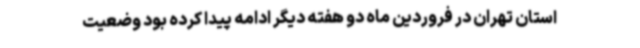
استان تهران در فروردین ماه دو هفته دیگر ادامه پیدا کرده بود وضعیت